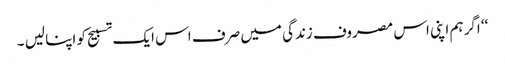
‘‘ اگر ہم اپنی اس مصروف زندگی میں صرف اس ایک تسبیح کو اپنا لیں ۔